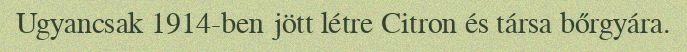
Ugyancsak 1914-ben jött létre Citron és társa bőrgyára.